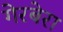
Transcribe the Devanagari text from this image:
गेरबेरा